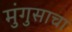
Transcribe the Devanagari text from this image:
मुंगुसाचा